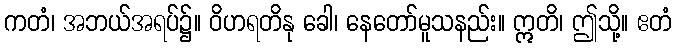
ကတံ၊ အဘယ်အရပ်၌။ ဝိဟရတိနု ခေါ၊ နေတော်မူသနည်း။ ဣတိ၊ ဤသို့။ ဧတံ